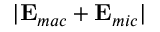
\vert { \bf { E } } _ { m a c } + { \bf { E } } _ { m i c } \vert